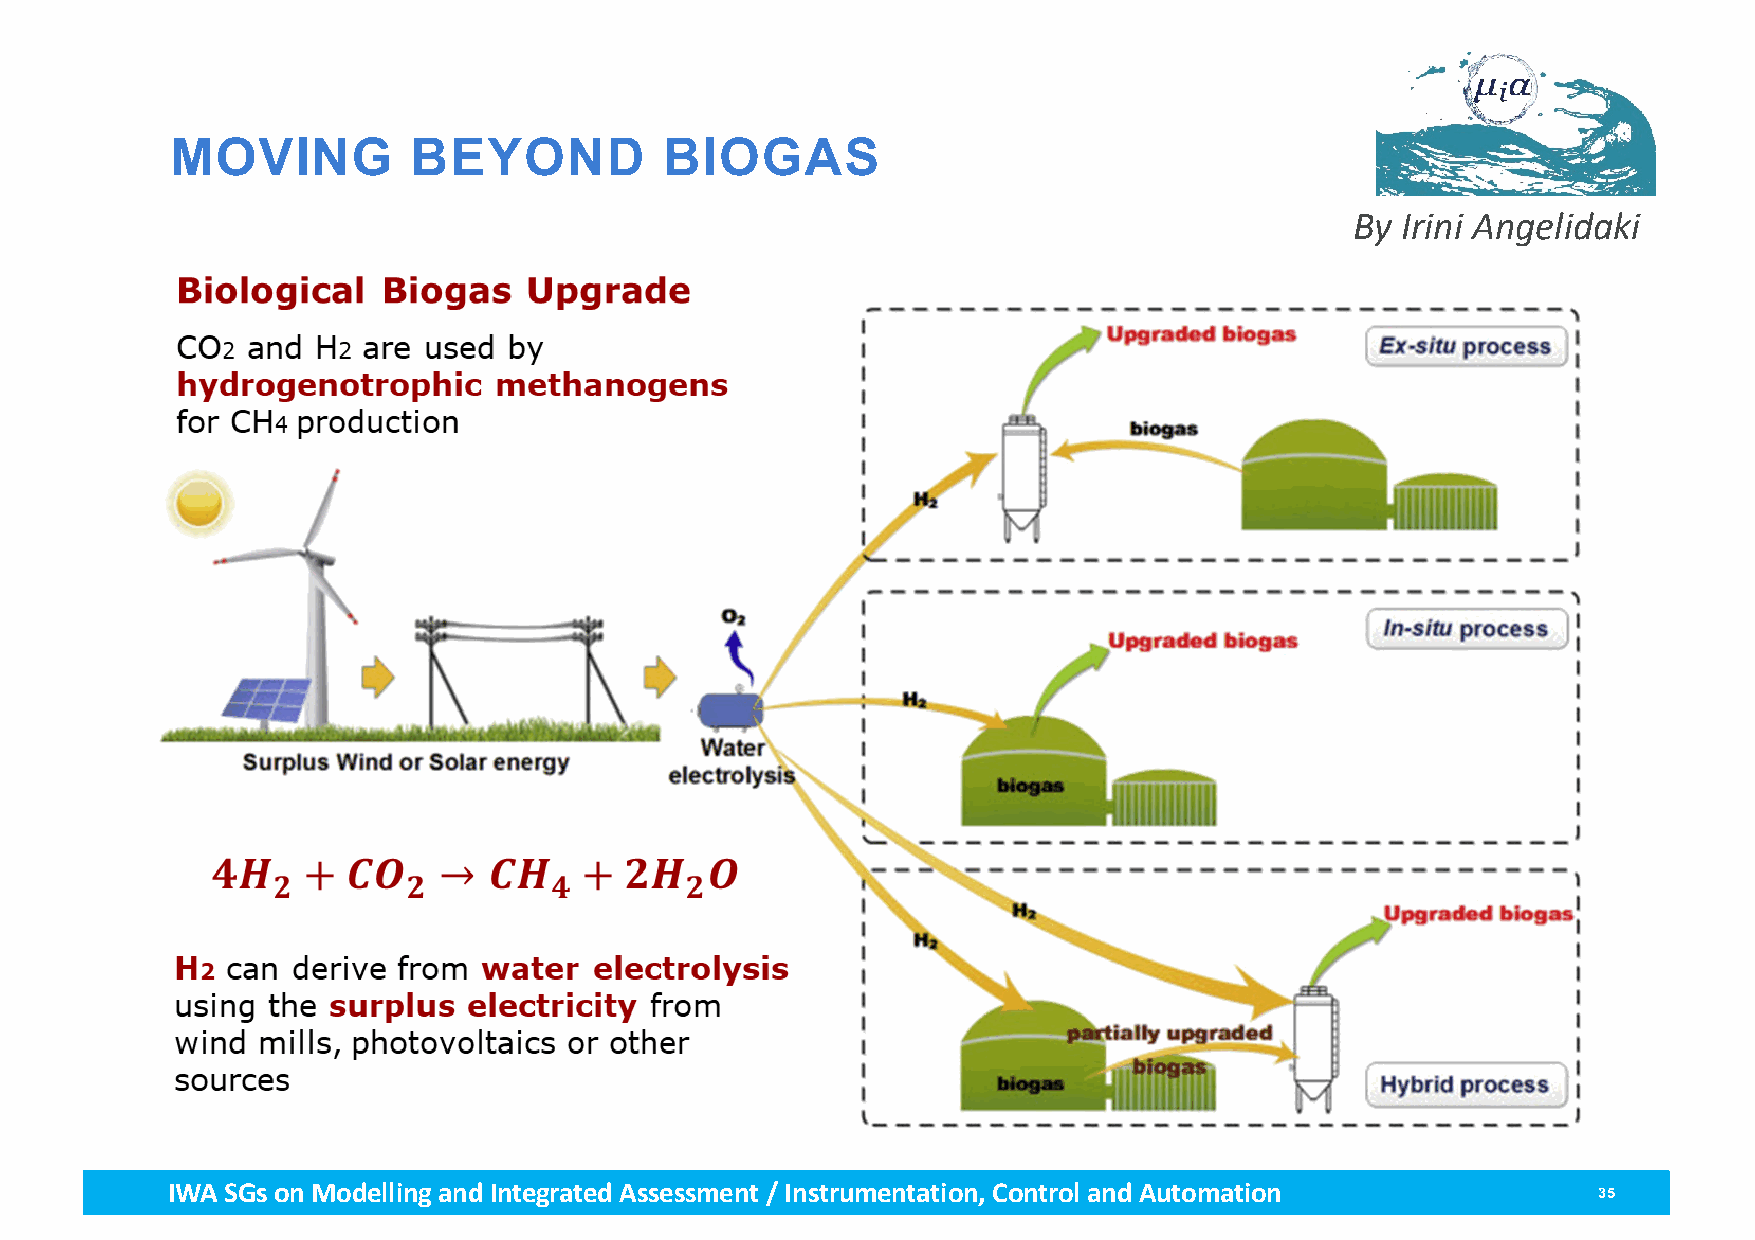
MOVING          BEYOND           BIOGAS
 By Irini Angelidaki
 IWA SGs on Modellingand Integrated Assessment / Instrumentation, Control and Automation        35